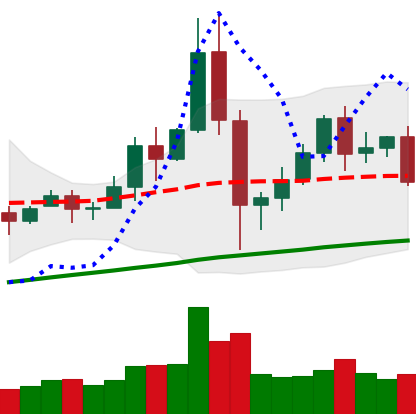
Ticker: BNB-USD
Chart end date: 2020-12-04
Forward return: -3.243%
Label: down_3_5